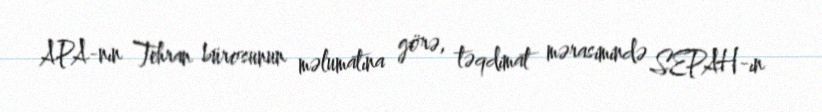
APA-nın Tehran bürosunun məlumatına görə, təqdimat mərasimində SEPAH-ın